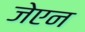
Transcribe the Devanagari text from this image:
जेएन